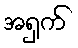
အရှက်